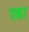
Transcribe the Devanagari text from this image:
पकर